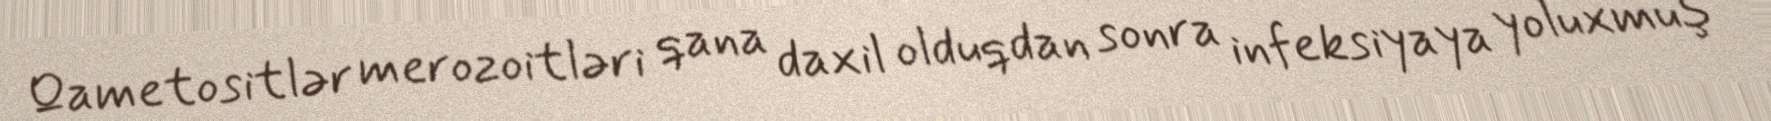
Qametositlər merozoitləri qana daxil olduqdan sonra infeksiyaya yoluxmuş